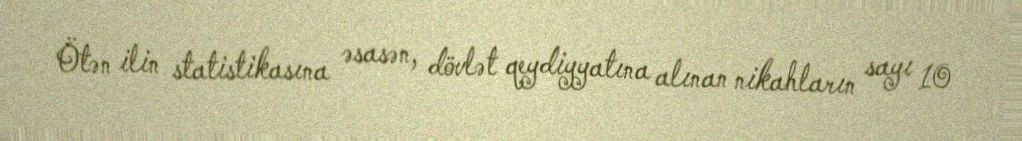
Ötən ilin statistikasına əsasən, dövlət qeydiyyatına alınan nikahların sayı 10